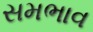
સમભાવ